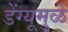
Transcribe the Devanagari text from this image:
डेंग्यूमुळे